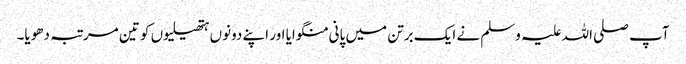
آپ صلی اللہ علیہ وسلم نے ایک برتن میں پانی منگوایا اور اپنے دونوں ہتھیلیوں کو تین مرتبہ دھویا۔